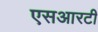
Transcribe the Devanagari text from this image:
एसआरटी